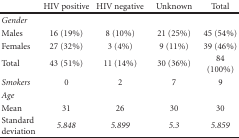
|  | HIV positive | HIV negative | Unknown | Total |
 | --- | --- | --- | --- | --- |
 | Gender |  |  |  |  |
 | Males | 16 (19%) | 8 (10%) | 21 (25%) | 45 (54%) |
 | Females | 27 (32%) | 3 (4%) | 9 (11%) | 39 (46%) |
 | Total | 43 (51%) | 11 (14%) | 30 (36%) | 84 (100%) |
 | Smokers | 0 | 2 | 7 | 9 |
 | Age |  |  |  |  |
 | Mean | 31 | 26 | 30 | 30 |
 | Standard deviation | 5.848 | 5.899 | 5.3 | 5.859 |